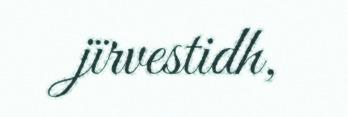
jïrvestidh,